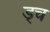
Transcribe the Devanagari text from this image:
ड्च